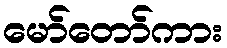
မော်တော်ကား